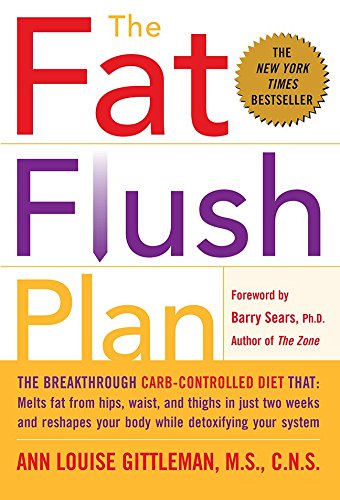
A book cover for The Fat Flush Plan; Ann Louise Gittleman; Cookbooks, Food & Wine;